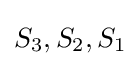
S_{3},S_{2},S_{1}